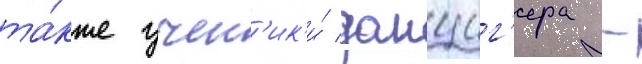
та́кже учен'ик'и́ данциг'ера -